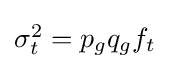
{\textstyle \sigma _{t}^{2}=p_{g}q_{g}f_{t}}